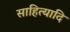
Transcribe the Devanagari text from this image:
साहित्यादि